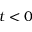
t < 0